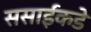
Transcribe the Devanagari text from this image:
ससाईंकडे